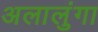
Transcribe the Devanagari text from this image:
अलालुंगा